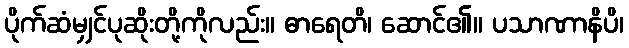
ပိုက်ဆံမျှင်ပုဆိုးတို့ကိုလည်း။ ဓာရေတိ၊ ဆောင်၏။ ပသာဏာနိပိ၊